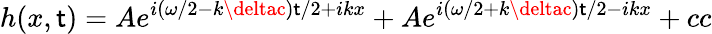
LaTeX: h(x,\mathsf{t})=Ae^{i(\omega/2-k\deltac)\mathsf{t}/2+ikx}+Ae^{i(\omega/2+k\deltac)\mathsf{t}/2-ikx}+cc